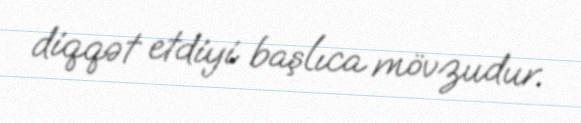
diqqət etdiyi başlıca mövzudur.